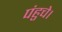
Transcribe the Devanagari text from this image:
पंहुचे।